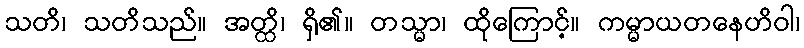
သတိ၊ သတိသည်။ အတ္ထိ၊ ရှိ၏။ တသ္မာ၊ ထိုကြောင့်။ ကမ္မာယတနေဟိဝါ၊